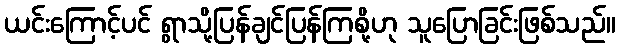
ယင်းကြောင့်ပင် ရွာသို့ပြန်ချင်ပြန်ကြစို့ဟု သူပြောခြင်းဖြစ်သည်။